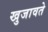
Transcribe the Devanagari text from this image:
खुजावते